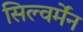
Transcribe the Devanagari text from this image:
सिल्वर्मेंन